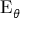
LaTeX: \operatorname { E } _ { \theta }